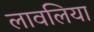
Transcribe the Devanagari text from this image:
लावलिया